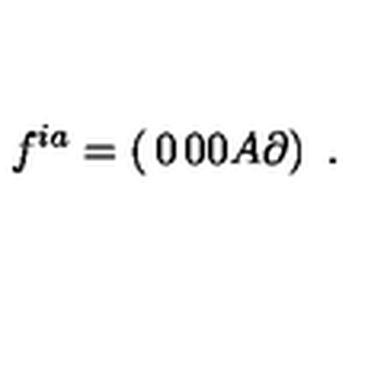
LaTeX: f ^ { i a } = \left( \begin{matrix} { 0 } & { 0 } \\ { 0 } & { A \partial } \\ \end{matrix} \right) \ .